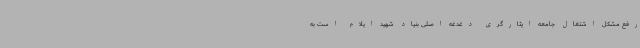
رفع مشکل اشتغال جامعه ایثارگری دغدغه اصلی بنیاد شهید ایلام است به